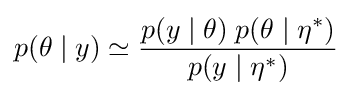
p(\theta \mid y)\simeq {\frac {p(y\mid \theta )\;p(\theta \mid \eta ^{*})}{p(y\mid \eta ^{*})}}